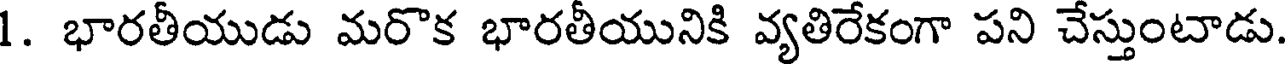
1. భారతీయుడు మరొక భారతీయునికి వ్యతిరేకంగా పని చేస్తుంటాడు